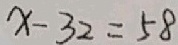
x - 3 2 = 5 8